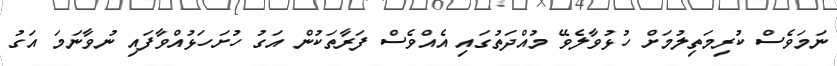
ނަމަވެސް ކުރިމަތިލުމަށް ހުޅުވާލެވޭ މުއްދަތުގައި އެއްވެސް ފަރާތަކުން އަގު ހުށަހަޅުއްވާފައި ނުވާނަމަ އަގު